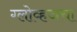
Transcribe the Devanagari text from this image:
ग्लोव्हजचा